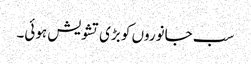
سب جانوروں کو بڑی تشویش ہوئی۔